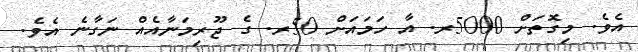
އެވެ. މިގޮތަށް 5000ރ. އާ ހަމައަށް 50ރ. ގެ ޖޫރިމަނާއެއް ނަގާނެ އެވެ.